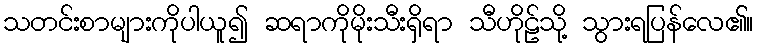
သတင်းစာများကိုပါယူ၍ ဆရာကိုမိုးသီးရှိရာ သီဟိုဠ်သို့ သွားရပြန်လေ၏။